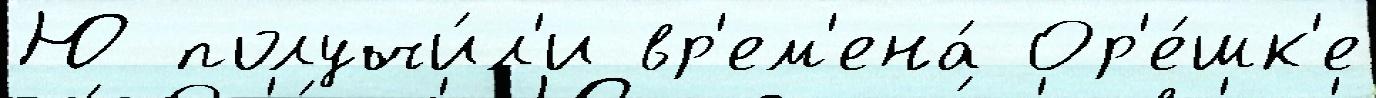
Ю получи́л'и вр'ем'ена́ Ор'е́шк'е